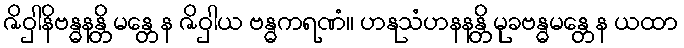
ဇိဝှါနိဗန္ဓနန္တိ မန္တေန ဇိဝှါယ ဗန္ဓကရဏံ။ ဟနုသံဟနနန္တိ မုခဗန္ဓမန္တေန ယထာ